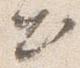
出